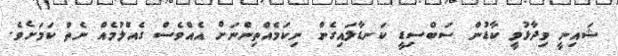
ޝައިނީ ވިދާޅުވީ ކާޑުން ސަބްސިޑީ ކަނޑާލައިގެން ނިކަމެއްތިންނަށް އެއްވެސް ގެއްލުމެއް ނެތް ކަމަށެވެ.